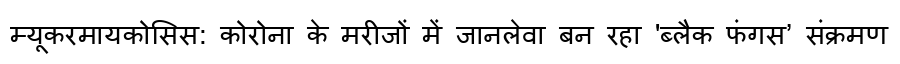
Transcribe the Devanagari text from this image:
म्यूकरमायकोसिस: कोरोना के मरीजों में जानलेवा बन रहा 'ब्लैक फंगस’ संक्रमण